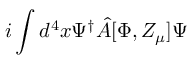
i \int d ^ { 4 } x \Psi ^ { \dagger } \hat { A } [ \Phi , Z _ { \mu } ] \Psi